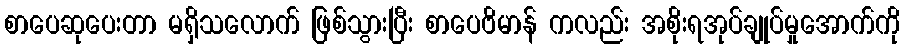
စာပေဆုပေးတာ မရှိသလောက် ဖြစ်သွားပြီး စာပေဗိမာန် ကလည်း အစိုးရအုပ်ချုပ်မှုအောက်ကို